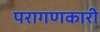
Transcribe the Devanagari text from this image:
परागणकारी